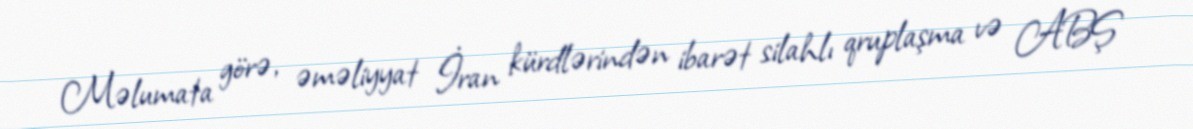
Məlumata görə, əməliyyat İran kürdlərindən ibarət silahlı qruplaşma və ABŞ